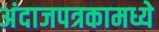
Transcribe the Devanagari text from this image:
अंदाजपत्रकामध्ये